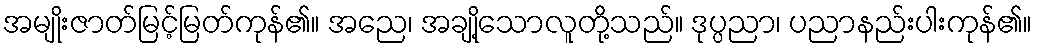
အမျိုးဇာတ်မြင့်မြတ်ကုန်၏။ အညေ၊ အချို့သောလူတို့သည်။ ဒုပ္ပညာ၊ ပညာနည်းပါးကုန်၏။